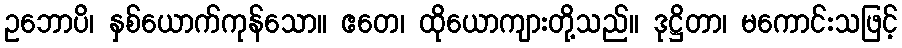
ဥဘောပိ၊ နှစ်ယောက်ကုန်သော။ ဧတေ၊ ထိုယောကျားတို့သည်။ ဒုဋ္ဌိတာ၊ မကောင်းသဖြင့်